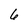
Character: 6